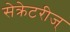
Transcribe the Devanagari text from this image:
सेक्रेटरीज्